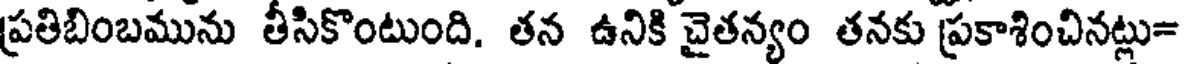
ప్రతిబింబమును తీసికొంటుంది. తన ఉనికి చైతన్యం తనకు ప్రకాశించినట్లు=